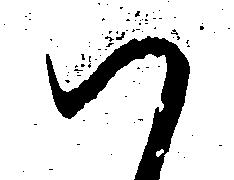
ハ